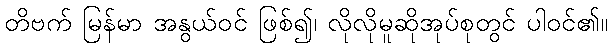
တိဗက် မြန်မာ အနွယ်ဝင် ဖြစ်၍၊ လိုလိုမူဆိုအုပ်စုတွင် ပါဝင်၏။